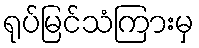
ရုပ်မြင်သံကြားမှ